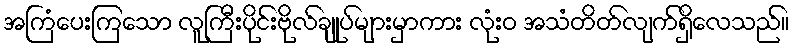
အကြံပေးကြသော လူကြီးပိုင်းဗိုလ်ချုပ်များမှာကား လုံးဝ အသံတိတ်လျက်ရှိလေသည်။